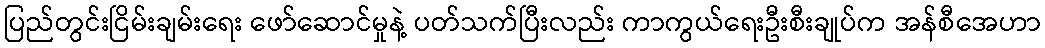
ပြည်တွင်းငြိမ်းချမ်းရေး ဖော်ဆောင်မှုနဲ့ ပတ်သက်ပြီးလည်း ကာကွယ်ရေးဦးစီးချုပ်က အန်စီအေဟာ